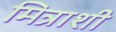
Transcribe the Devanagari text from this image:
मित्राशी